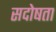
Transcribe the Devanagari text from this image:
सदोषता